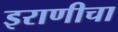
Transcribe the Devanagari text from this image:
इराणीचा